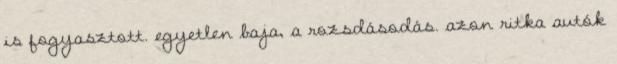
is fogyasztott. egyetlen baja, a rozsdásodás. azon ritka autók